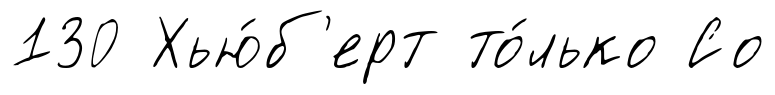
130 Хью́б'ерт то́лько Со